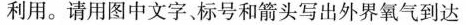
利用。请用图中文字、标号和箭头写出外界氧气到达